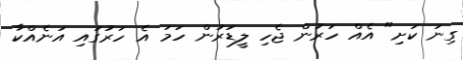
ގިނަ ކަށި" އެއް ހަރުން ޖެހި ލީޑަރުން ހަމަ އެ ހަރުގައި އަނެއްކާ